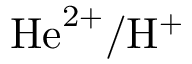
\mathrm { H e } ^ { 2 + } / \mathrm { H } ^ { + }